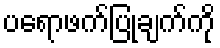
ပရောဖက်ပြုချက်ကို